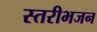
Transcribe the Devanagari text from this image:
स्तरीभजन